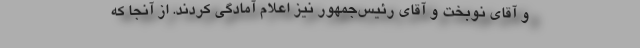
و آقای نوبخت و آقای رئیس‌جمهور نیز اعلام آمادگی کردند. از آنجا که